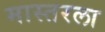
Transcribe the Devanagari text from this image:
मास्तरला